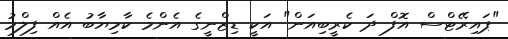
"ޕައިރޭޓްސް އޮފް ދަ ކެރީބިއަން" އަކީ ޑިޒްނީގެ އެންމެ ކާމިޔާބު އެއް ފިލްމު